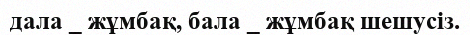
дала _ жұмбақ, бала _ жұмбақ шешусіз.